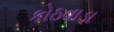
કોઠવાડા